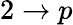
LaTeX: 2\rightarrow p